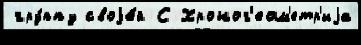
гру́ппу своjе́й С Хроног'еом'етр'иjа